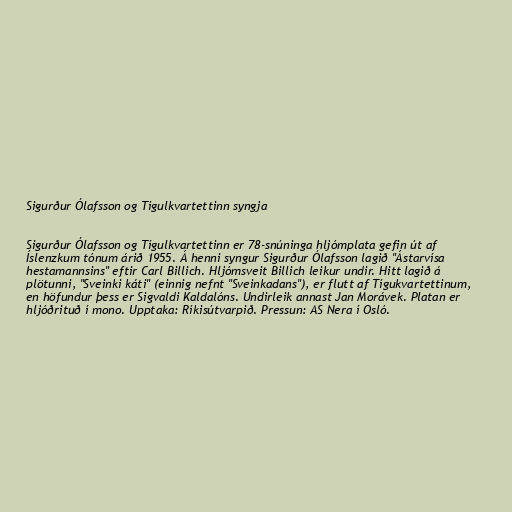
Sigurður Ólafsson og Tígulkvartettinn syngja

Sigurður Ólafsson og Tígulkvartettinn er 78-snúninga hljómplata gefin út af
Íslenzkum tónum árið 1955. Á henni syngur Sigurður Ólafsson lagið "Ástarvísa
hestamannsins" eftir Carl Billich. Hljómsveit Billich leikur undir. Hitt lagið á
plötunni, "Sveinki káti" (einnig nefnt "Sveinkadans"), er flutt af Tígukvartettinum,
en höfundur þess er Sigvaldi Kaldalóns. Undirleik annast Jan Morávek. Platan er
hljóðrituð í mono. Upptaka: Ríkisútvarpið. Pressun: AS Nera í Osló.